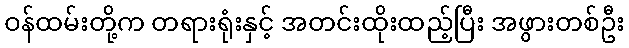
ဝန်ထမ်းတို့က တရားရုံးနှင့် အတင်းထိုးထည့်ပြီး အဖွားတစ်ဦး